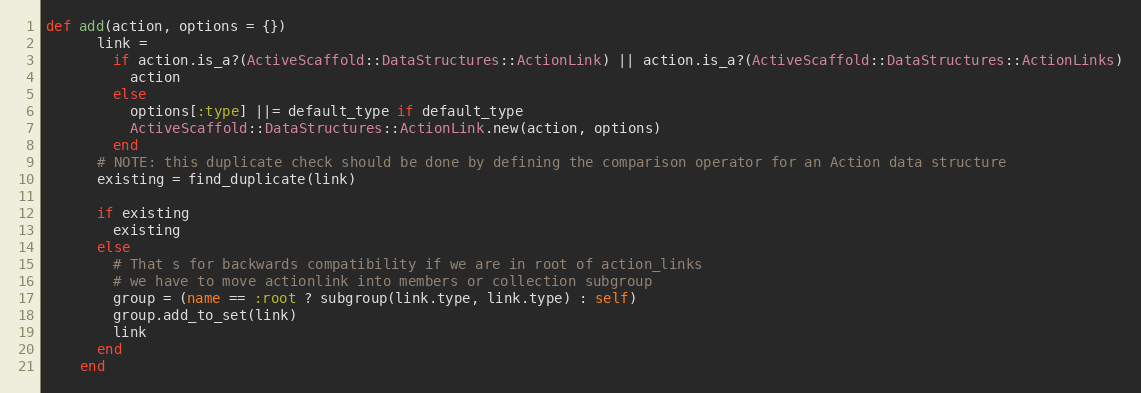
Language: Ruby
def add(action, options = {})
      link =
        if action.is_a?(ActiveScaffold::DataStructures::ActionLink) || action.is_a?(ActiveScaffold::DataStructures::ActionLinks)
          action
        else
          options[:type] ||= default_type if default_type
          ActiveScaffold::DataStructures::ActionLink.new(action, options)
        end
      # NOTE: this duplicate check should be done by defining the comparison operator for an Action data structure
      existing = find_duplicate(link)

      if existing
        existing
      else
        # That s for backwards compatibility if we are in root of action_links
        # we have to move actionlink into members or collection subgroup
        group = (name == :root ? subgroup(link.type, link.type) : self)
        group.add_to_set(link)
        link
      end
    end